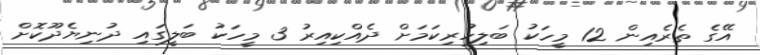
އޭގެ ތެރެއިން 12 މީހަކު ބަލިހުރިކަމަށް ދެއްކިއިރު 3 މީހަކު ބަލީގައި ދުނިޔެދޫކޮށް